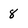
Character: 8